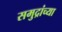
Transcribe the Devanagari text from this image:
समुद्रांच्या